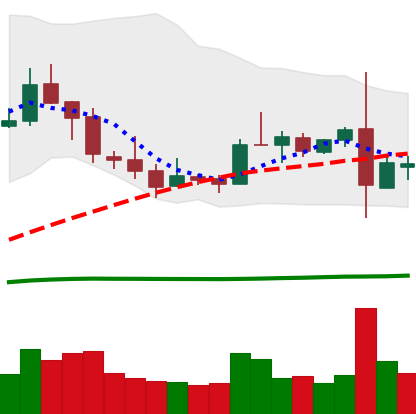
Ticker: TRX-USD
Chart end date: 2019-02-26
Forward return: -6.919%
Label: down_5_7